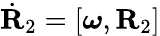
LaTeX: \dot{\mathbf R}_{2}=[\boldsymbol{\omega},{\mathbf R}_{2}]